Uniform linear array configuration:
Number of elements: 12
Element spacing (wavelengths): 0.75
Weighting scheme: binomial
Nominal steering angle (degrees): -45
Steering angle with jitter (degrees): -44.73
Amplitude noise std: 0.05
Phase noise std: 0.05

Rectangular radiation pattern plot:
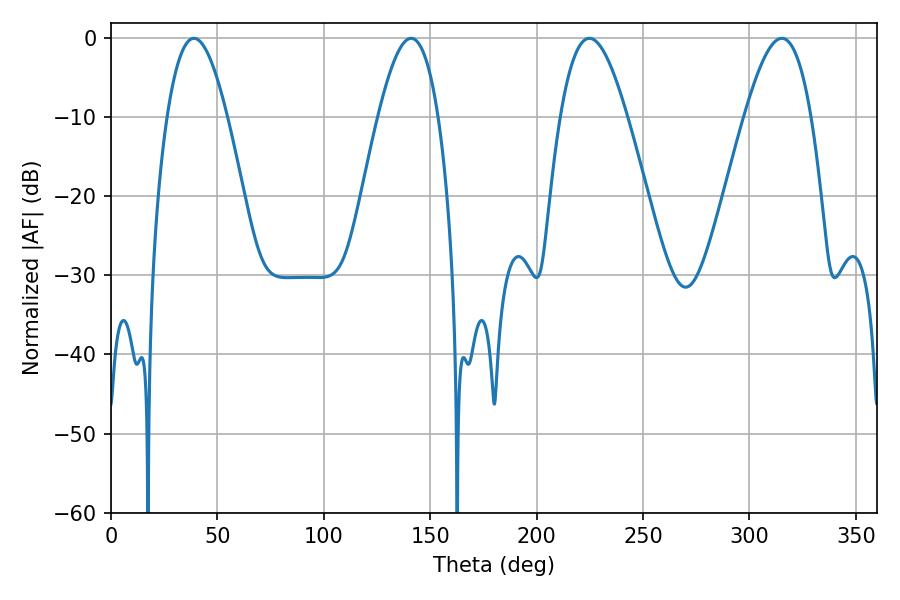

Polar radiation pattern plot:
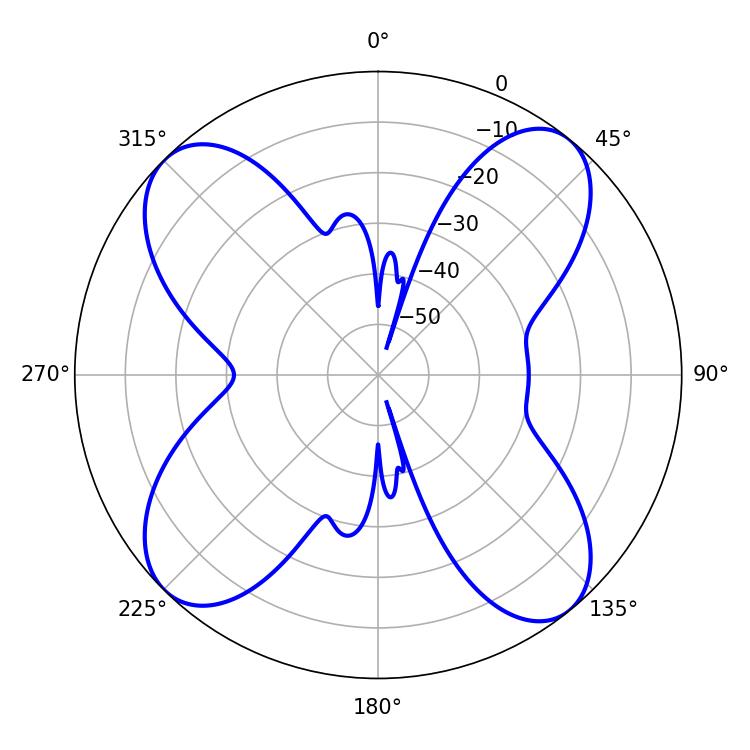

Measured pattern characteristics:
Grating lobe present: TRUE
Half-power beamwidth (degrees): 16.92
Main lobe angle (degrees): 224.82